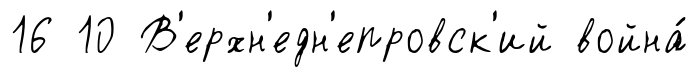
16 10 В'ерхн'едн'епровск'ий война́